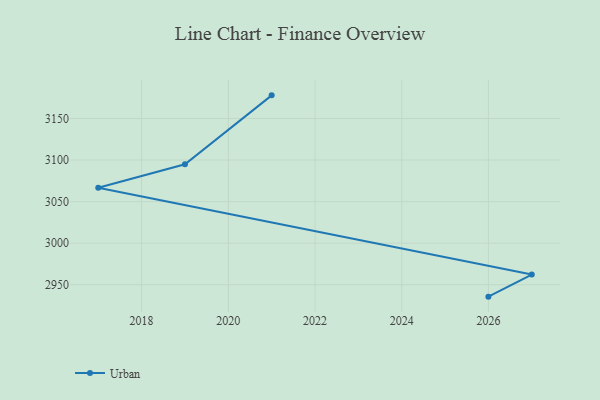
{"axis": {"x": "Year", "y": "Conversion Rate (%)"}, "legend": ["Urban"], "data": [{"x": "2021", "y": 3177.9, "type": "Urban"}, {"x": "2019", "y": 3094.9, "type": "Urban"}, {"x": "2017", "y": 3066.7, "type": "Urban"}, {"x": "2027", "y": 2962.2, "type": "Urban"}, {"x": "2026", "y": 2935.6, "type": "Urban"}]}